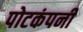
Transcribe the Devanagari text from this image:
पोटकंपनी